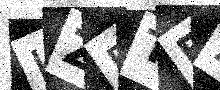
Text: HZRTF2